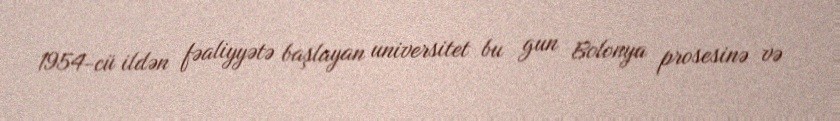
1954-cü ildən fəaliyyətə başlayan universitet bu gun Bolonya prosesinə və